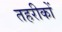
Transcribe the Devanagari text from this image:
तहरीकों